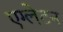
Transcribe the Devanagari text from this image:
एग्लेटन